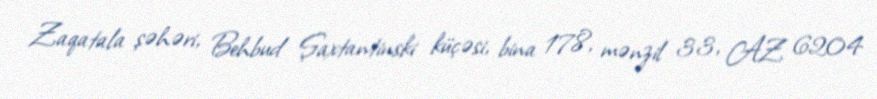
Zaqatala şəhəri, Behbud Şaxtantinski küçəsi, bina 178, mənzil 33, AZ 6204